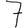
Digit: 7